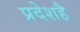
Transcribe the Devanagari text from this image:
प्रदेशहै